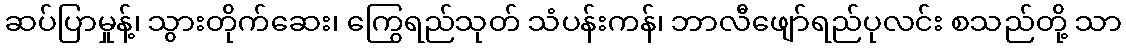
ဆပ်ပြာမှုန့်၊ သွားတိုက်ဆေး၊ ကြွေရည်သုတ် သံပန်းကန်၊ ဘာလီဖျော်ရည်ပုလင်း စသည်တို့ သာ